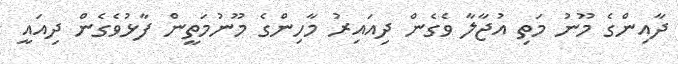
ދާއިންގެ މޫނު މަތި އުޖާލާ ވެގެން ދިއައިރު މާހިންގެ މޫނުމަތީން ފާޅުވެގެން ދިއައީ